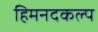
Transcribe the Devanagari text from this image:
हिमनदकल्प